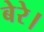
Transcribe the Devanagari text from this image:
बेरे।